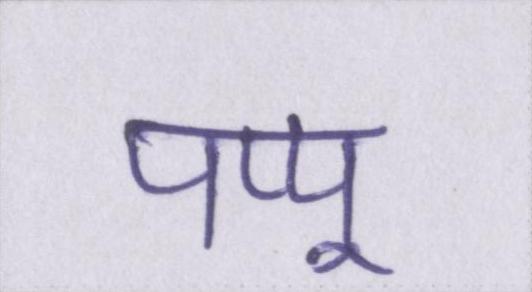
पप्पू